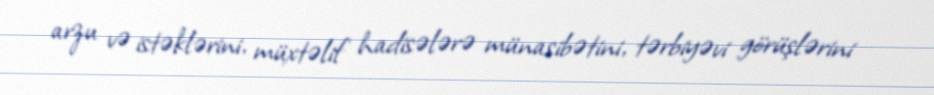
arzu və istəklərini, müxtəlif hadisələrə münasibətini, tərbiyəvi görüşlərini